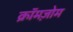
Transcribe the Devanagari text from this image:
क्रॉमज़ोम